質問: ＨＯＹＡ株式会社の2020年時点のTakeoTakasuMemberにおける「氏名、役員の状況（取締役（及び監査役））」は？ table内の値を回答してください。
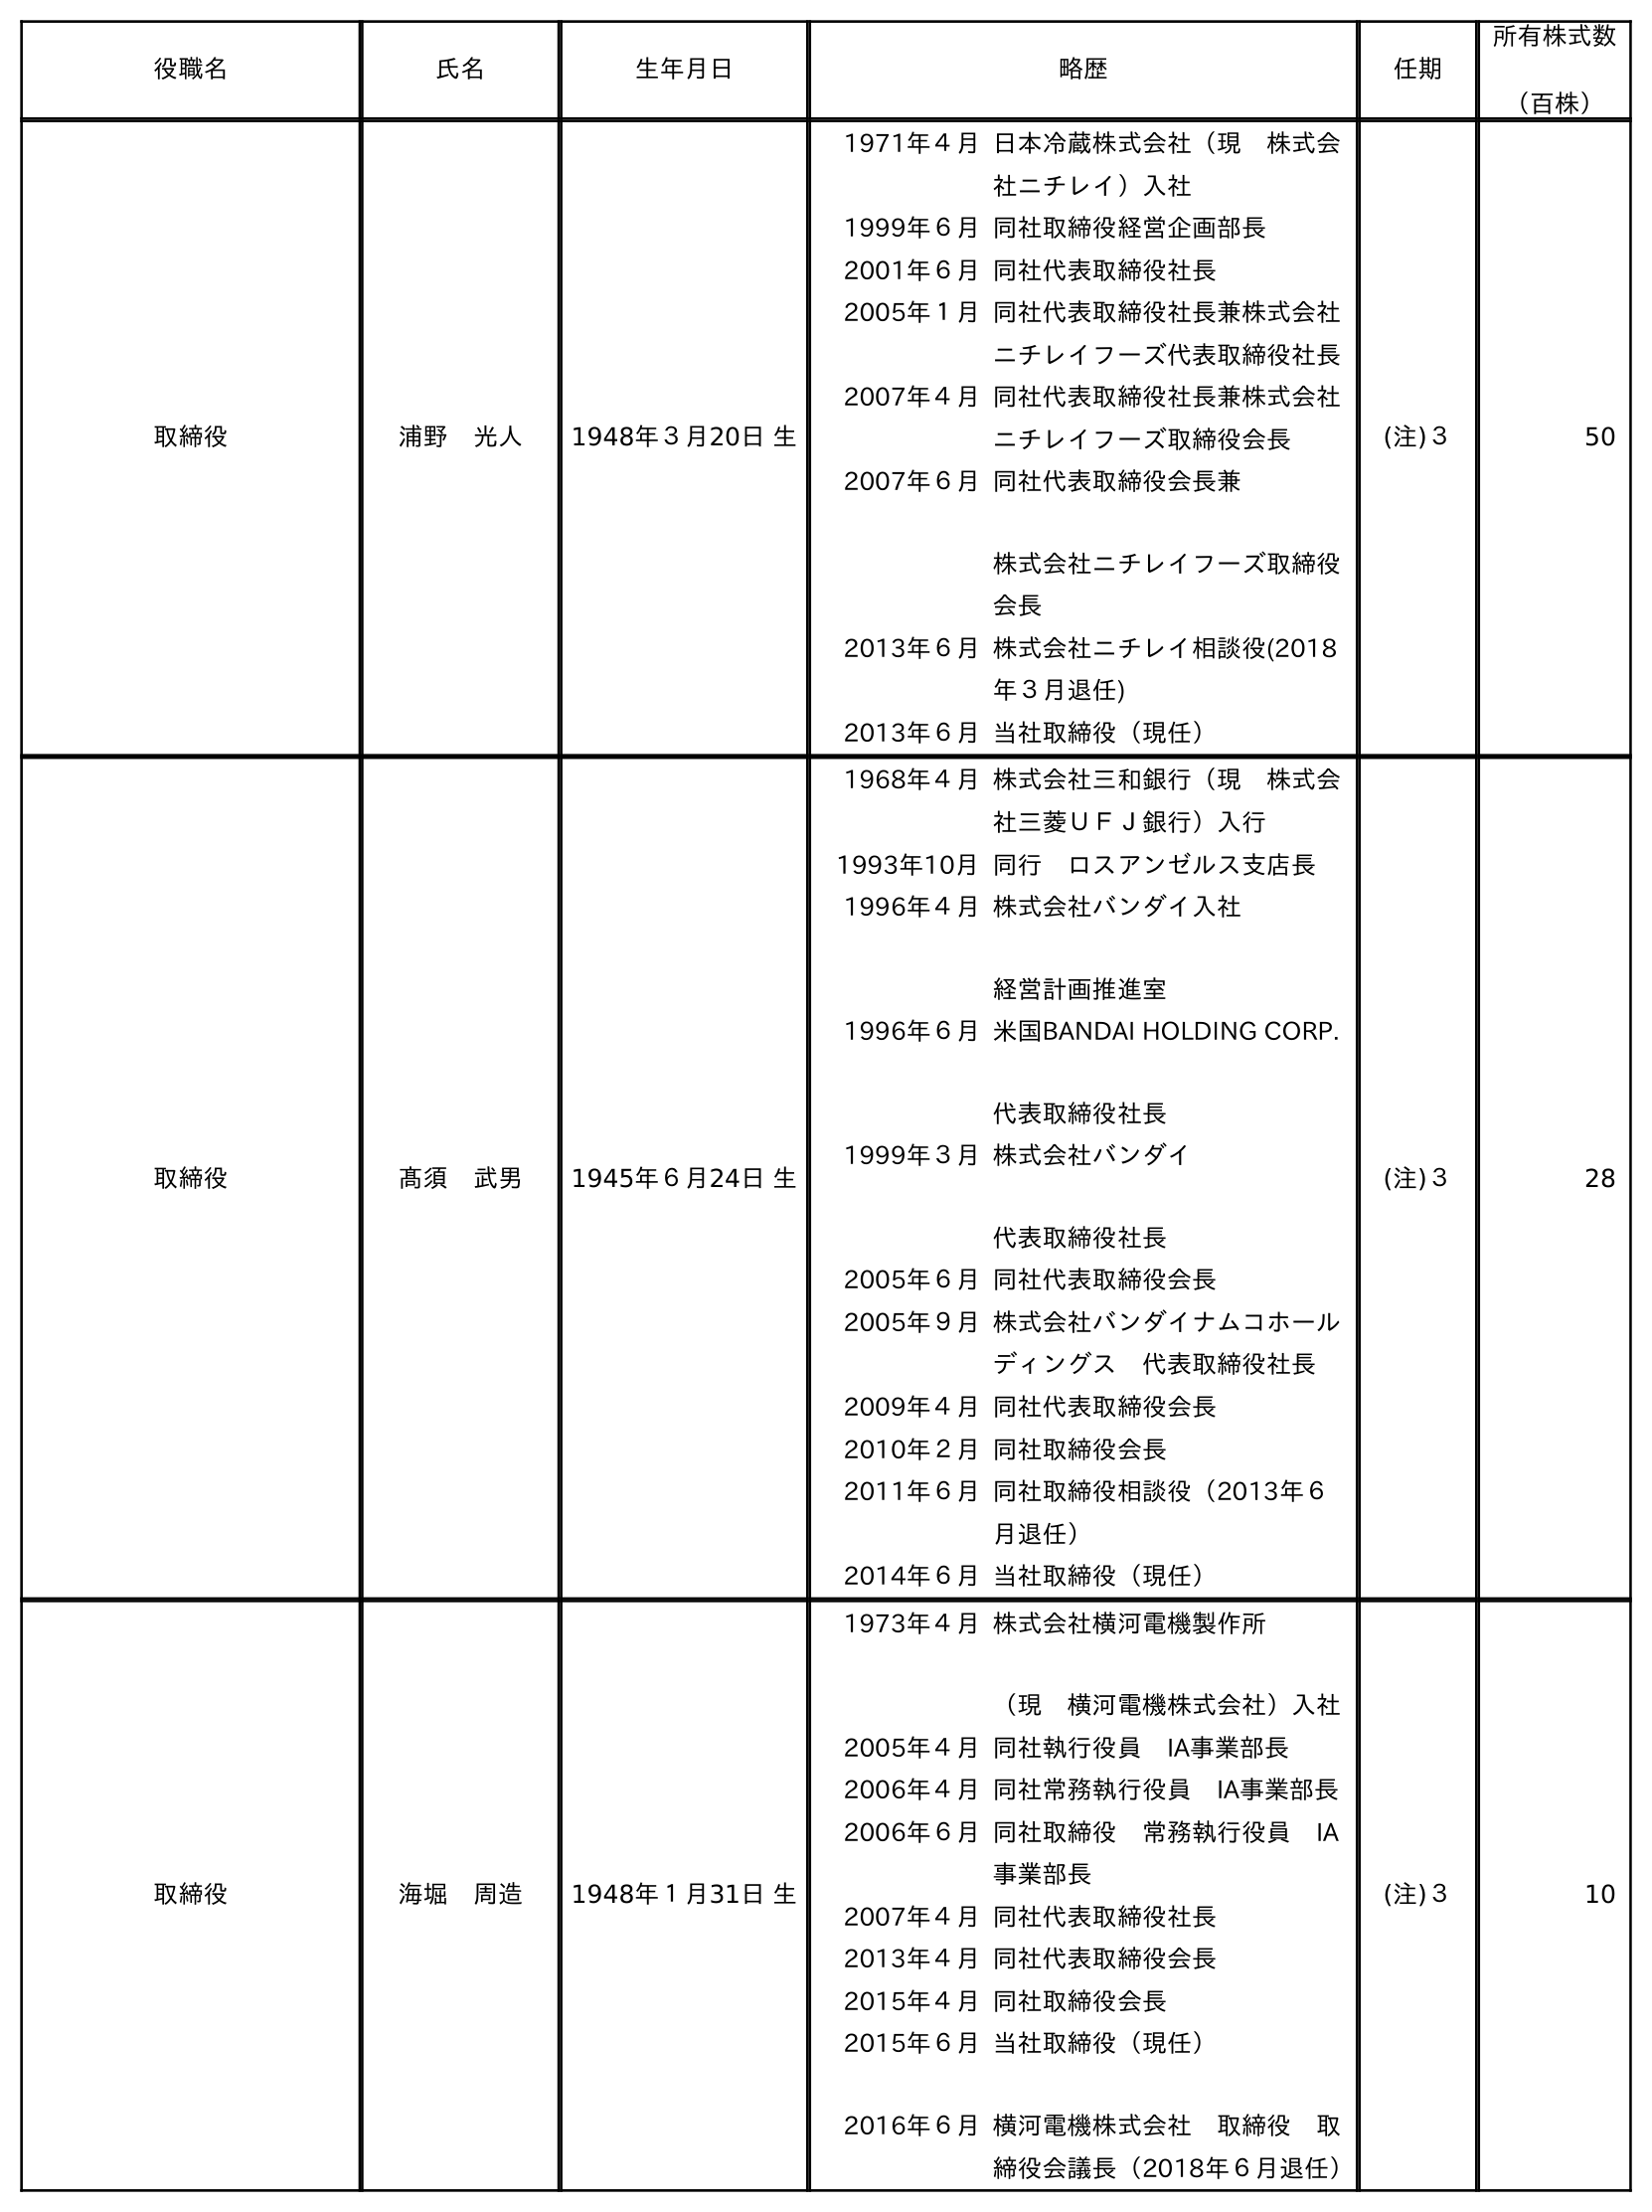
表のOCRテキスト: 役職名 氏名 生年月日 略歴 任期 所有株式数 （百株） 取締役 浦野 光人 1948年３月20日 生 1971年４月日本冷蔵株式会社（現 株式会 社ニチレイ）入社 1999年６月同社取締役経営企画部長 2001年６月同社代表取締役社長 2005年１月同社代表取締役社長兼株式会社 ニチレイフーズ代表取締役社長 2007年４月同社代表取締役社長兼株式会社 ニチレイフーズ取締役会長 2007年６月同社代表取締役会長兼 株式会社ニチレイフーズ取締役 会長 2013年６月株式会社ニチレイ相談役(2018 年３月退任) 2013年６月当社取締役（現任） (注)３ 50 取締役 髙須 武男 1945年６月24日 生 1968年４月株式会社三和銀行（現 株式会 社三菱ＵＦＪ銀行）入行 1993年10月同行 ロスアンゼルス支店長 1996年４月株式会社バンダイ入社 経営計画推進室 1996年６月米国BANDAI HOLDING CORP. 代表取締役社長 1999年３月株式会社バンダイ 代表取締役社長 2005年６月同社代表取締役会長 2005年９月株式会社バンダイナムコホール ディングス 代表取締役社長 2009年４月同社代表取締役会長 2010年２月同社取締役会長 2011年６月同社取締役相談役（2013年６ 月退任） 2014年６月当社取締役（現任） (注)３ 28 取締役 海堀 周造 1948年１月31日 生 1973年４月株式会社横河電機製作所 （現 横河電機株式会社）入社 2005年４月同社執行役員 IA事業部長 2006年４月同社常務執行役員 IA事業部長 2006年６月同社取締役 常務執行役員 IA 事業部長 2007年４月同社代表取締役社長 2013年４月同社代表取締役会長 2015年４月同社取締役会長 2015年６月 2016年６月 当社取締役（現任） 横河電機株式会社 取締役 取 締役会議長（2018年６月退任） (注)３ 10
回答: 髙須　武男